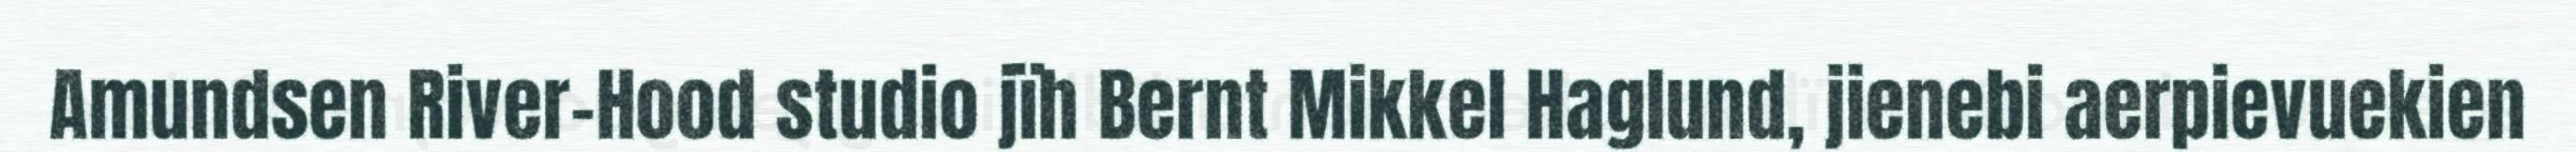
Amundsen River-Hood studio jïh Bernt Mikkel Haglund, jienebi aerpievuekien